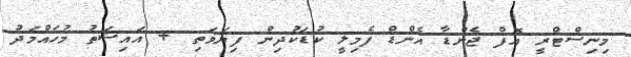
މިނިސްޓްރީ އޮފް ޖެންޑާ އެންޑް ފެމިލީ ކުޑަކުދިން ފިޔަވަތި + އައިޝަތު މުހައްމަދު